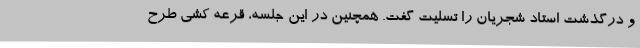
و درگذشت استاد شجریان را تسلیت گفت. همچنین در این جلسه، قرعه کشی طرح